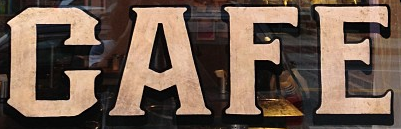
CAFE